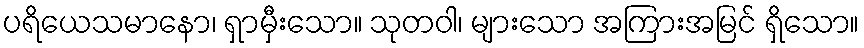
ပရိယေသမာနော၊ ရှာမှီးသော။ သုတဝါ၊ များသော အကြားအမြင် ရှိသော။